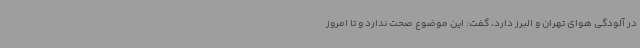
در آلودگی هوای تهران و البرز دارد، گفت: این موضوع صحت ندارد و تا امروز